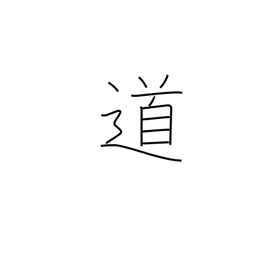
Meaning: road-way